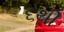
૬થી